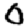
Digit: 0